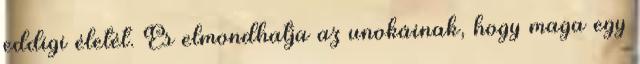
eddigi életét. És elmondhatja az unokáinak, hogy maga egy